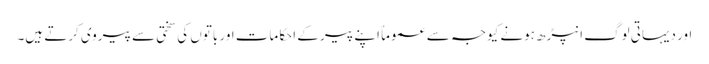
اور دیہاتی لوگ انپڑھ ہونے کیوجہ سے عموماٌ اپنے پیر کے احکامات اور باتوں کی سختی سے پیروی کرتے ہیں۔